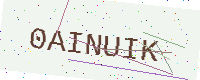
Text: 0AINUIK